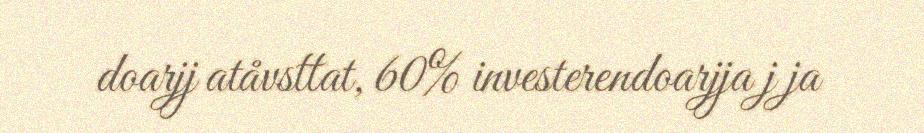
doarjj atåvsttat, 60% investerendoarjja j ja